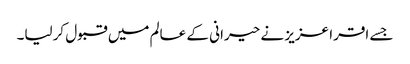
جسے اقرا عزیز نے حیرانی کے عالم میں قبول کرلیا۔